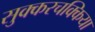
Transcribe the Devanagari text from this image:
सुक्करचक्किया